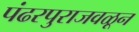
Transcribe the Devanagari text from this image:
पंढरपुराजवळून